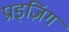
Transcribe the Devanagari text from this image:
प्राइज़िंग